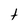
Character: t